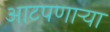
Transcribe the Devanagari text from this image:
आटपणाऱ्या